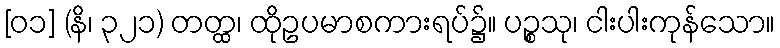
[၀၁] (နိ၊ ၃၂၁) တတ္ထ၊ ထိုဥပမာစကားရပ်၌။ ပဉ္စသု၊ ငါးပါးကုန်သော။